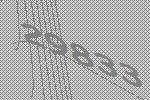
29833